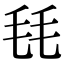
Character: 㲎